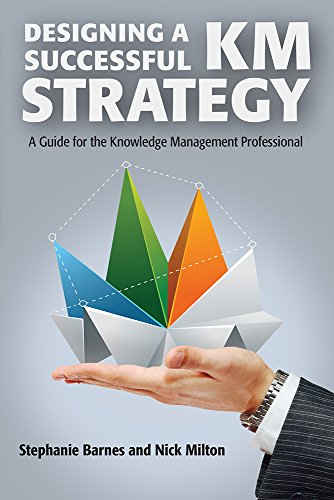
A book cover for Designing a Successful KM Strategy: A Guide for the Knowledge Management Professional; Stephanie Barnes; Business & Money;